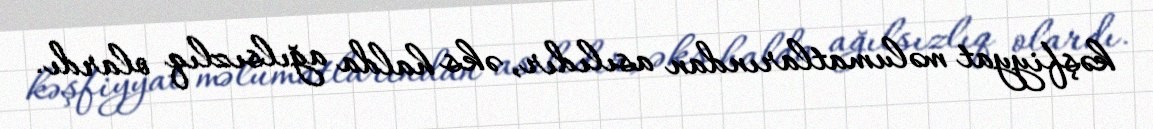
kəşfiyyat məlumatlarından asılıdır, əks halda ağılsızlıq olardı.